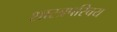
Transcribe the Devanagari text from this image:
शास्त्रपरिचय